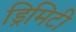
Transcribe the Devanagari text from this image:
ड्रिमिटी